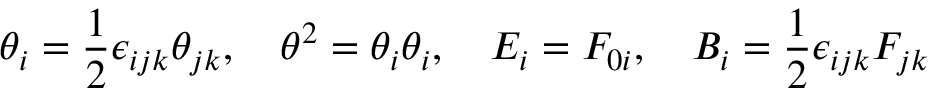
\theta _ { i } = \frac { 1 } { 2 } \epsilon _ { i j k } \theta _ { j k } , \quad \theta ^ { 2 } = \theta _ { i } \theta _ { i } , \quad E _ { i } = F _ { 0 i } , \quad B _ { i } = \frac { 1 } { 2 } \epsilon _ { i j k } F _ { j k }